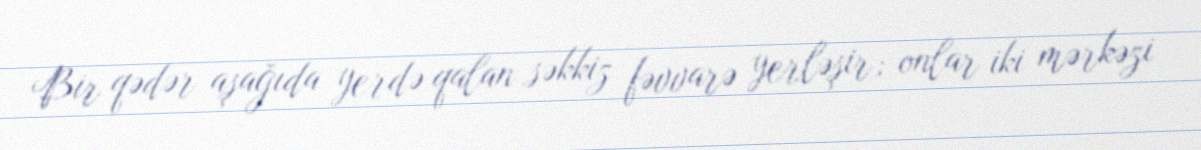
Bir qədər aşağıda yerdə qalan səkkiz fəvvarə yerləşir; onlar iki mərkəzi